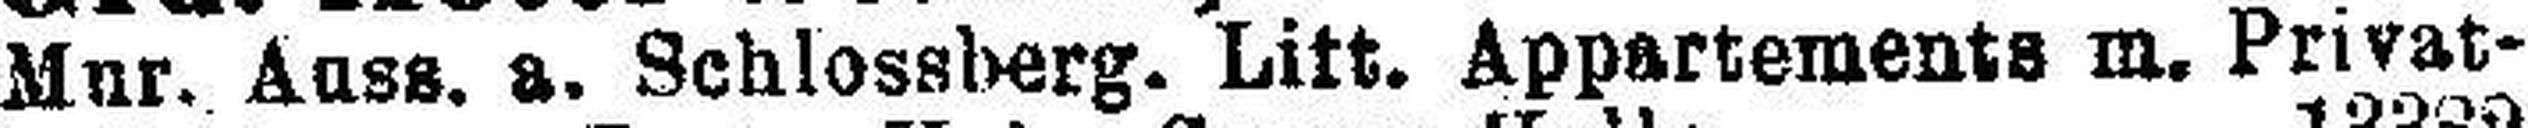
Mnr. Auss. a. Schlossberg. Litt. Appartements m. Privat¬